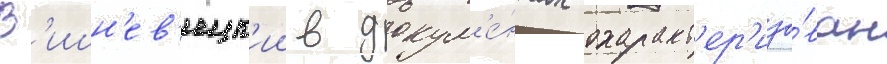
В'ишн'ев'ецк'ии в докум'е́нтах охаракт'ер'изо́ван